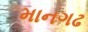
માનગઢ